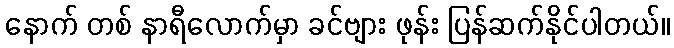
နောက် တစ် နာရီလောက်မှာ ခင်ဗျား ဖုန်း ပြန်ဆက်နိုင်ပါတယ်။